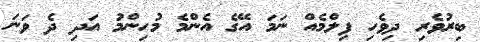
ބިރުވެރި ދިވެހި ފިލްމެއް ނަމަ އޭގެ އެންމެ މުހިންމު އަދި ދެ ވަނަ